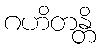
ဂဟိတန္တိ